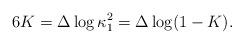
LaTeX: \begin{align*}6K=\Delta\log{\kappa_1^2}=\Delta\log(1-K).\end{align*}